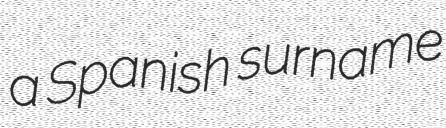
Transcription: a Spanish surname